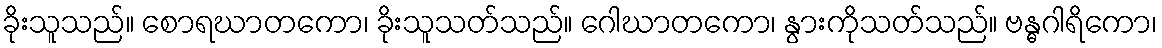
ခိုးသူသည်။ စောရဃာတကော၊ ခိုးသူသတ်သည်။ ဂေါဃာတကော၊ နွားကိုသတ်သည်။ ဗန္ဓဂါရိကော၊